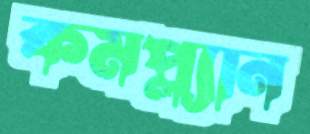
কমপ্ল্যান